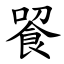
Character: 䬭